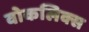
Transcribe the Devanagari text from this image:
वोकलिक्स